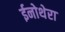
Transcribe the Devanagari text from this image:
ईनोथेरा